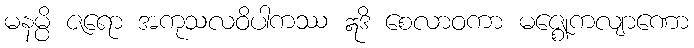
မနမ္ပိ ဇရော အကုသလဝိပါကဿ ဣဒိ စေလာဝကာ မဇ္ဈေကလျာဏော